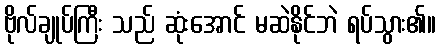
ဗိုလ်ချုပ်ကြီး သည် ဆုံးအောင် မဆဲနိုင်ဘဲ ရပ်သွား၏။